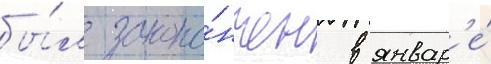
бы́л зако́нчен в январ'е́